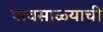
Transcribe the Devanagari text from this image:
पावसाळ्याची